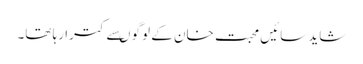
شاید سائیں محبت خان کے لوگو ںسے کترا رہا تھا۔